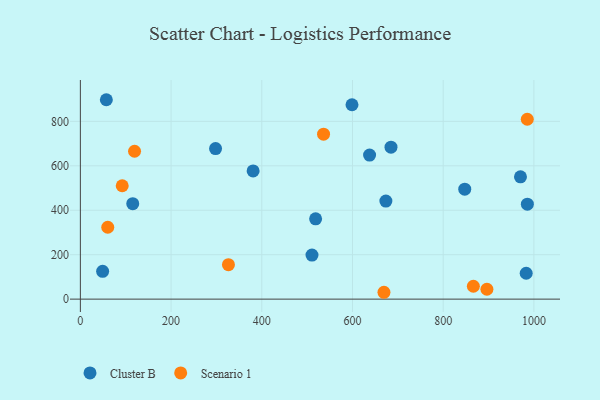
{"axis": {"x": "Distance", "y": "Exam Score"}, "legend": ["Cluster B", "Scenario 1"], "data": [{"x": "673.6", "y": 441.3, "type": "Cluster B"}, {"x": "298.1", "y": 677.5, "type": "Cluster B"}, {"x": "115.5", "y": 429.7, "type": "Cluster B"}, {"x": "985.6", "y": 427.1, "type": "Cluster B"}, {"x": "637.7", "y": 648.3, "type": "Cluster B"}, {"x": "380.9", "y": 576.9, "type": "Cluster B"}, {"x": "57.3", "y": 897.3, "type": "Cluster B"}, {"x": "518.7", "y": 361.3, "type": "Cluster B"}, {"x": "970.4", "y": 550.6, "type": "Cluster B"}, {"x": "598.9", "y": 874.7, "type": "Cluster B"}, {"x": "510.7", "y": 198.1, "type": "Cluster B"}, {"x": "983.0", "y": 116.6, "type": "Cluster B"}, {"x": "49.1", "y": 125.0, "type": "Cluster B"}, {"x": "684.9", "y": 683.9, "type": "Cluster B"}, {"x": "847.5", "y": 494.9, "type": "Cluster B"}, {"x": "896.4", "y": 44.6, "type": "Scenario 1"}, {"x": "326.5", "y": 155.0, "type": "Scenario 1"}, {"x": "866.5", "y": 57.9, "type": "Scenario 1"}, {"x": "536.2", "y": 742.2, "type": "Scenario 1"}, {"x": "669.4", "y": 30.9, "type": "Scenario 1"}, {"x": "60.4", "y": 323.4, "type": "Scenario 1"}, {"x": "985.4", "y": 809.5, "type": "Scenario 1"}, {"x": "119.5", "y": 665.4, "type": "Scenario 1"}, {"x": "92.3", "y": 510.3, "type": "Scenario 1"}]}